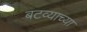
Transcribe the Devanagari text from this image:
बटव्याच्या